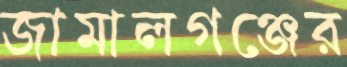
জামালগঞ্জের